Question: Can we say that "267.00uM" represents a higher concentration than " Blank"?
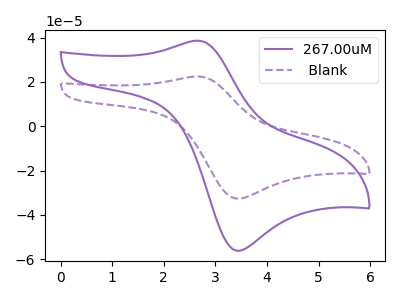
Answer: <think>The purple curve "267.00uM" has an anodic peak at (2.65V, 38.60uA) and a cathodic peak at (3.40V, -56.15uA). The purple dashed curve " Blank" has an anodic peak at (2.65V, 22.45uA) and a cathodic peak at (3.40V, -32.65uA).
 All the peaks in "267.00uM" have a peak in " Blank" at the same potential. Every peak in "267.00uM" is higher than every peak in " Blank".</think>
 <answer>"267.00uM" has more signal than " Blank" and so likely has a higher concentration.</answer>
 <eval>more_concentration</eval>